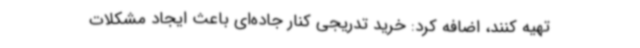
تهیه کنند، اضافه کرد: خرید تدریجی کنار جاده‌ای باعث ایجاد مشکلات